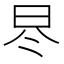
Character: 𣅭